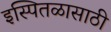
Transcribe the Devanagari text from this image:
इस्पितळासाठी